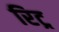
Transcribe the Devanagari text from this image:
रिट्र